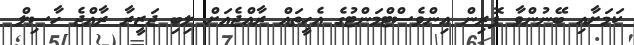
ކަމަށާއި ބޭނުންވާ ފޮރިން އިންވެސްޓްމަންޓުގެ އެހީތައް ރާއްޖެއަށް ލިބި ޖަޒީރާ ރާއްޖެ ހާސިލް